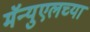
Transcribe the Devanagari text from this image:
मॅन्युएलच्या